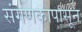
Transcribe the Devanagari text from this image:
संगणकापासून